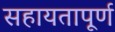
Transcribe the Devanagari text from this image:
सहायतापूर्ण